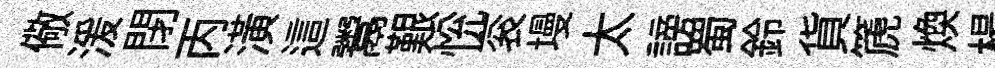
儆湲閉丙潢這鬻艱恱衮墁太謗蜀鈴貨篪焕楊